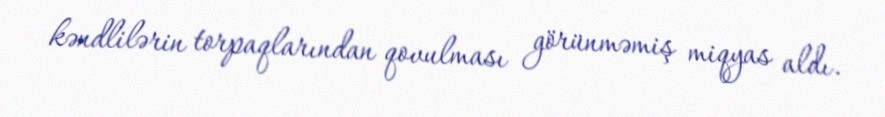
kəndlilərin torpaqlarından qovulması görünməmiş miqyas aldı.